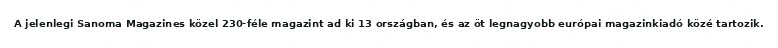
A jelenlegi Sanoma Magazines közel 230-féle magazint ad ki 13 országban, és az öt legnagyobb európai magazinkiadó közé tartozik.